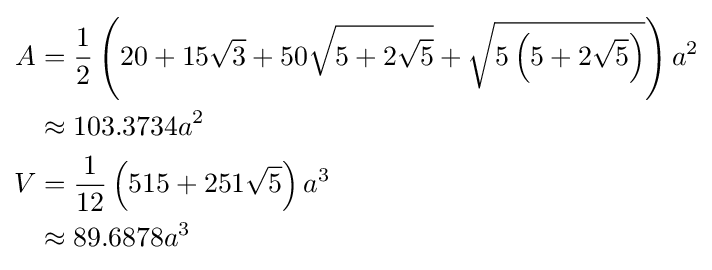
{\begin{aligned}A&={\frac {1}{2}}\left(20+15{\sqrt {3}}+50{\sqrt {5+2{\sqrt {5}}}}+{\sqrt {5\left(5+2{\sqrt {5}}\right)}}\right)a^{2}\\&\approx 103.3734a^{2}\\V&={\frac {1}{12}}\left(515+251{\sqrt {5}}\right)a^{3}\\&\approx 89.6878a^{3}\end{aligned}}